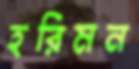
হরিমন